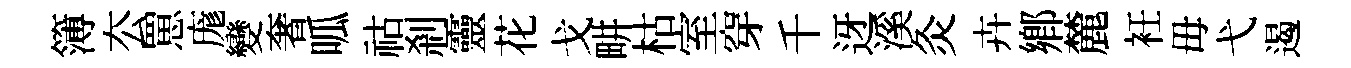
簿厺罳庬變奢呱祜剎靈花戈畊枯室穿千迓溪灸卉鄉麓衽毋弋遏